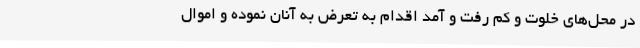
در محل‌های خلوت و کم رفت و آمد اقدام به تعرض به آنان نموده و اموال